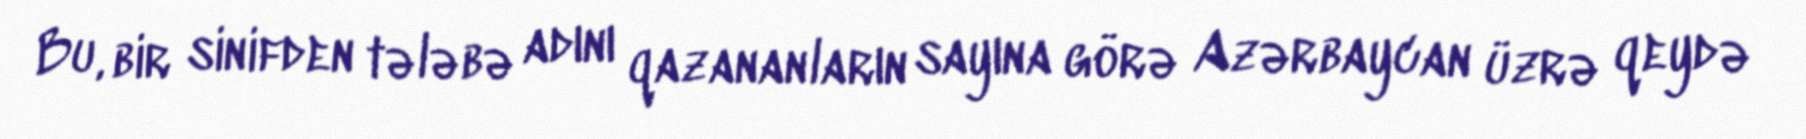
Bu, bir sinifden tələbə adını qazananların sayına görə Azərbaycan üzrə qeydə